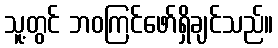
သူ့တွင် ဘဝကြင်ဖော်ရှိချင်သည်။